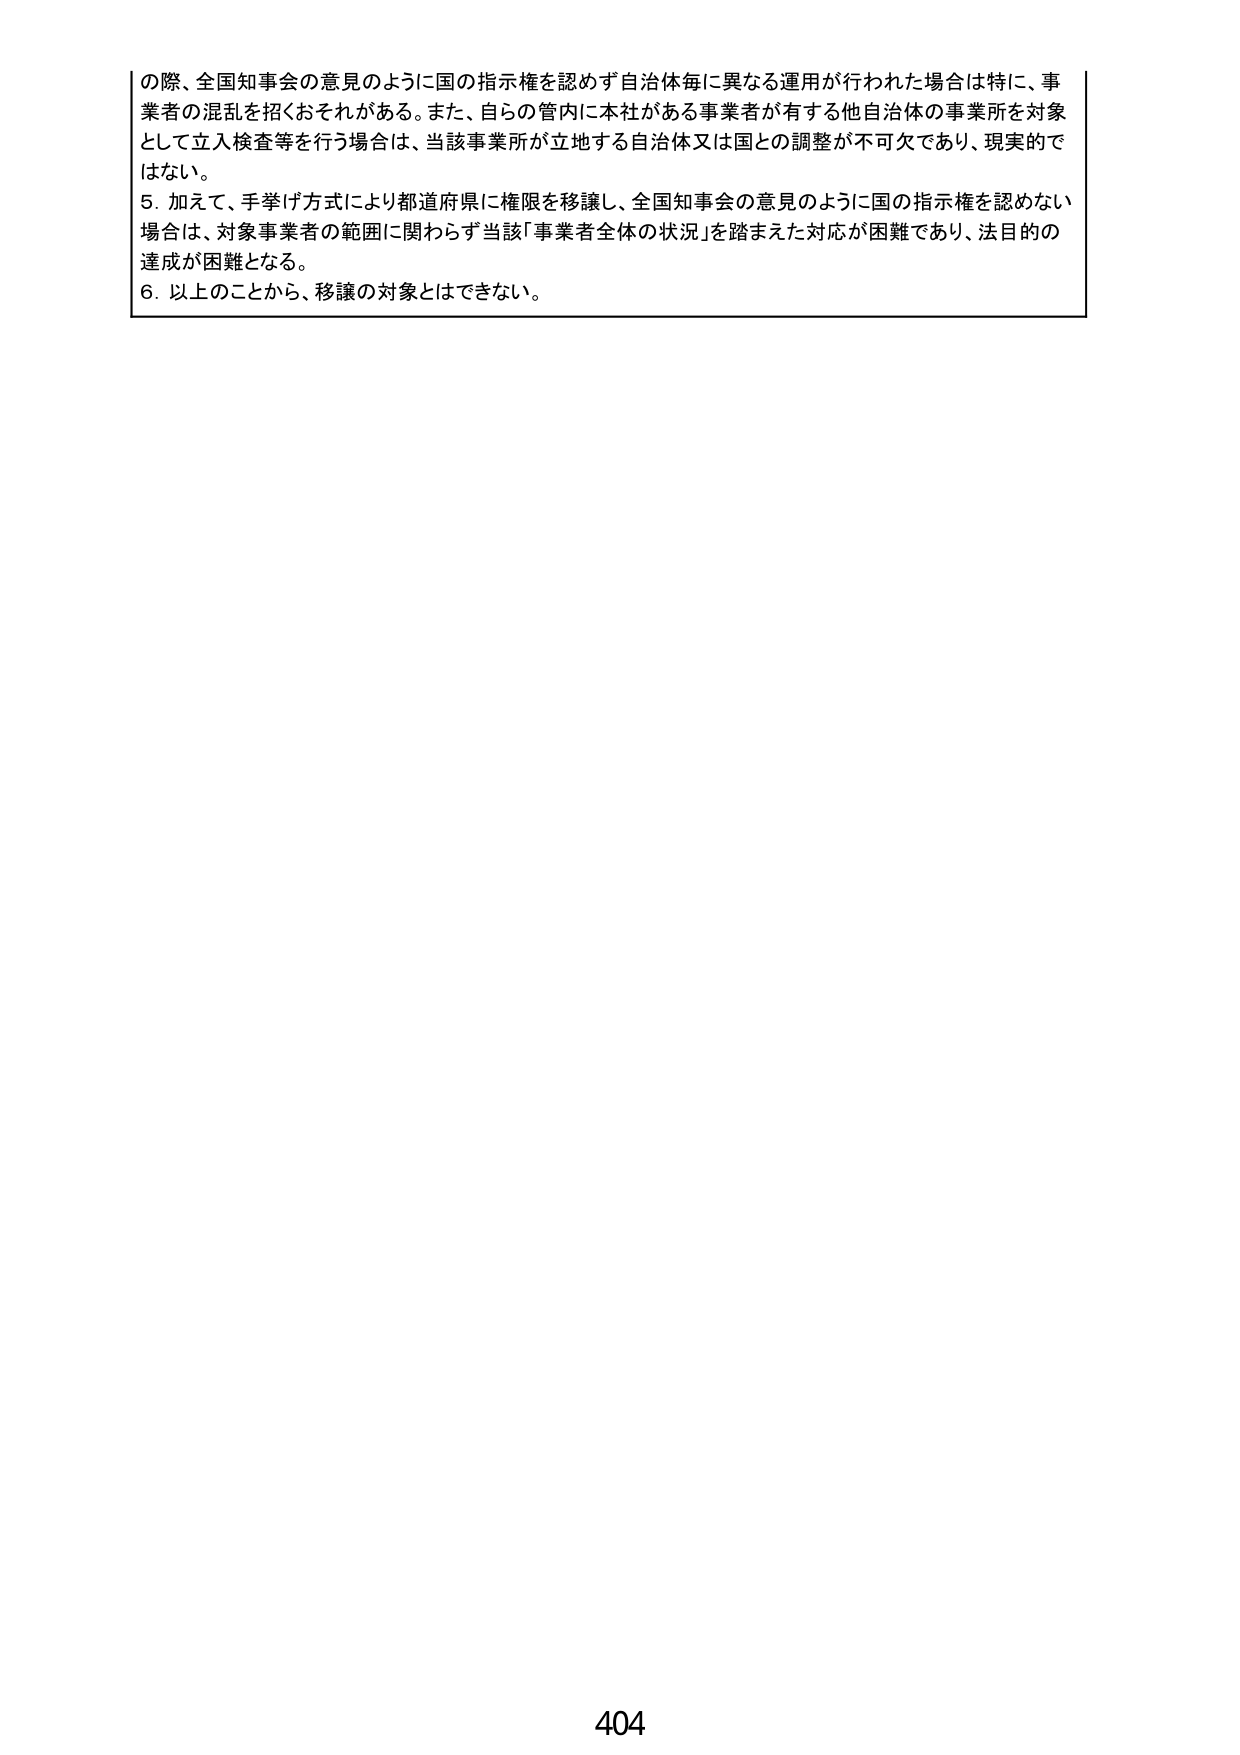
の際、全国知事会の意見のように国の指示権を認めず自治体毎に異なる運用が行われた場合は特に、事業者の混乱を招くおそれがある。また、自らの管内に本社がある事業者が有する他自治体の事業所を対象として立入検査等を行う場合は、当該事業所が立地する自治体又は国との調整が不可欠であり、現実的ではない。

5. 加えて、手挙げ方式により都道府県に権限を移譲し、全国知事会の意見のように国の指示権を認めない場合は、対象事業者の範囲に関わらず当該「事業者全体の状況」を踏まえた対応が困難であり、法目的の達成が困難となる。

6. 以上のことから、移譲の対象とはできない。

404